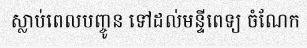
ស្លាប់ពេលបញ្ចូន ទៅដល់មន្ទីពេទ្យ ចំណែក